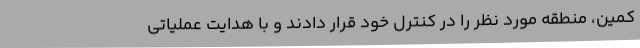
کمین، منطقه مورد نظر را در کنترل خود قرار دادند و با هدایت عملیاتی